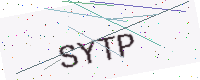
Text: SYTP